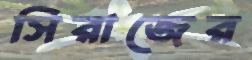
সিরাজের